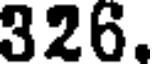
326.